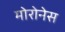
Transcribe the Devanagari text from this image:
मोरोनेस